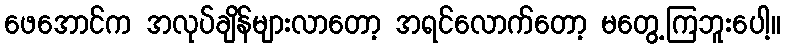
ဖေအောင်က အလုပ်ချိန်များလာတော့ အရင်လောက်တော့ မတွေ့ကြဘူးပေါ့။